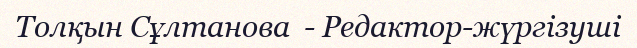
Толқын Сұлтанова  - Редактор-жүргізуші